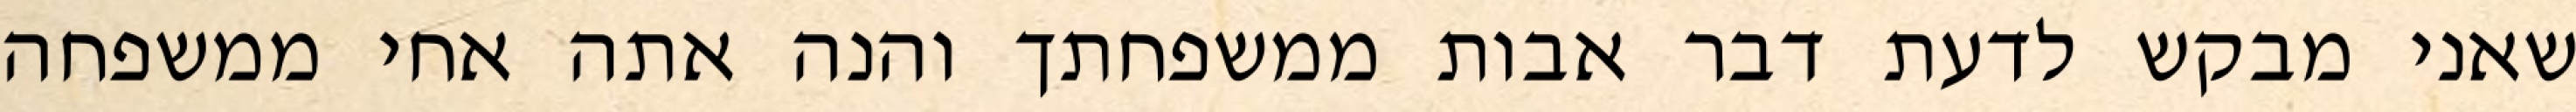
שאני מבקש לדעת דבר אבות ממשפחתך והנה אתה אחי ממשפחה